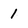
Character: 1